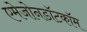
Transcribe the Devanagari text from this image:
एमेजोनडॉटकॉम